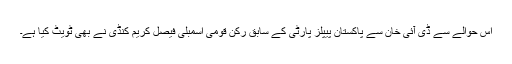
اس حوالے سے ڈی آئی خان سے پاکستان پیپلز پارٹی کے سابق رکن قومی اسمبلی فیصل کریم کنڈی نے بھی ٹویٹ کیا ہے۔